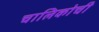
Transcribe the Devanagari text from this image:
चालिकोची